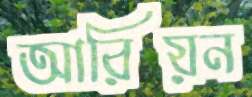
আরিয়ন